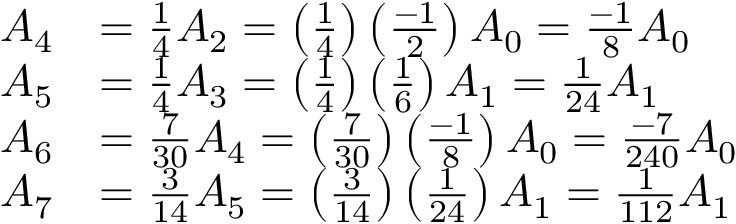
{ \begin{array} { r l } { A _ { 4 } } & { = { \frac { 1 } { 4 } } A _ { 2 } = \left( { \frac { 1 } { 4 } } \right) \left( { \frac { - 1 } { 2 } } \right) A _ { 0 } = { \frac { - 1 } { 8 } } A _ { 0 } } \\ { A _ { 5 } } & { = { \frac { 1 } { 4 } } A _ { 3 } = \left( { \frac { 1 } { 4 } } \right) \left( { \frac { 1 } { 6 } } \right) A _ { 1 } = { \frac { 1 } { 2 4 } } A _ { 1 } } \\ { A _ { 6 } } & { = { \frac { 7 } { 3 0 } } A _ { 4 } = \left( { \frac { 7 } { 3 0 } } \right) \left( { \frac { - 1 } { 8 } } \right) A _ { 0 } = { \frac { - 7 } { 2 4 0 } } A _ { 0 } } \\ { A _ { 7 } } & { = { \frac { 3 } { 1 4 } } A _ { 5 } = \left( { \frac { 3 } { 1 4 } } \right) \left( { \frac { 1 } { 2 4 } } \right) A _ { 1 } = { \frac { 1 } { 1 1 2 } } A _ { 1 } } \end{array} }